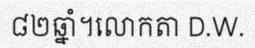
៨២ឆ្នាំ។លោកតា D.W.